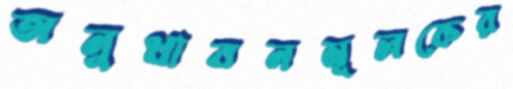
অনুধাবনমূলকের